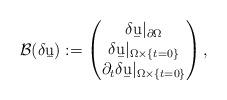
LaTeX: \begin{align*}\mathcal B(\delta \b u):=\begin{pmatrix}\delta \b u|_{\partial\Omega} \\\delta \b u|_{\Omega\times\{t=0\} } \\\partial_t \delta \b u|_{\Omega\times\{t=0\}}\end{pmatrix},\end{align*}